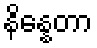
နိန္နေတာ